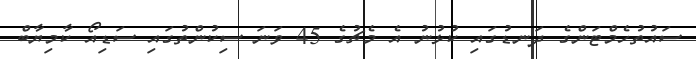
ސައުތުހެމްޓަންގެ ދަނޑުގައި ކުޅުނު އެ މެޗުގެ 45 ވަނަ ސިކުންތުގައި ސަޑިއޯ ކާމިޔާބް